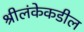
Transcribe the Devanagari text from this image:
श्रीलंकेकडील